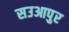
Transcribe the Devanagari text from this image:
सउआपुर